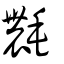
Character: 𣰊